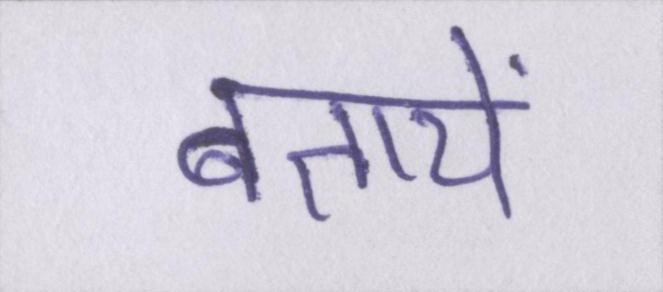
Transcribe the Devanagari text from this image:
बतायें